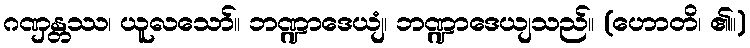
ဂဏှန္တဿ၊ ယူလသော်။ ဘဏ္ဍာဒေယျံ၊ ဘဏ္ဍာဒေယျသည်။ (ဟောတိ၊ ၏။)